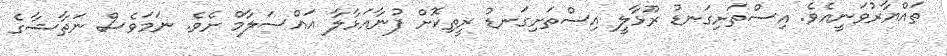
ތައްޔާރުވަނީއެވެ. އިސްތަށިގަނޑު ރޫޅާލީ އިސްތަށިގަނޑު ރީތިކޮށް ފުނާއަޅާލާ އައްސަލާމް ށެވެ. ނަމަވެސް ނަތާޝާގެ